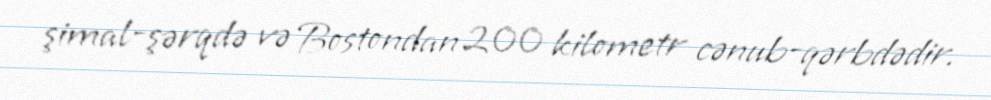
şimal-şərqdə və Bostondan 200 kilometr cənub-qərbdədir.